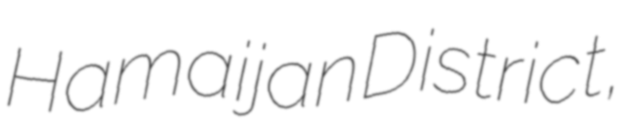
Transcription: Hamaijan District,